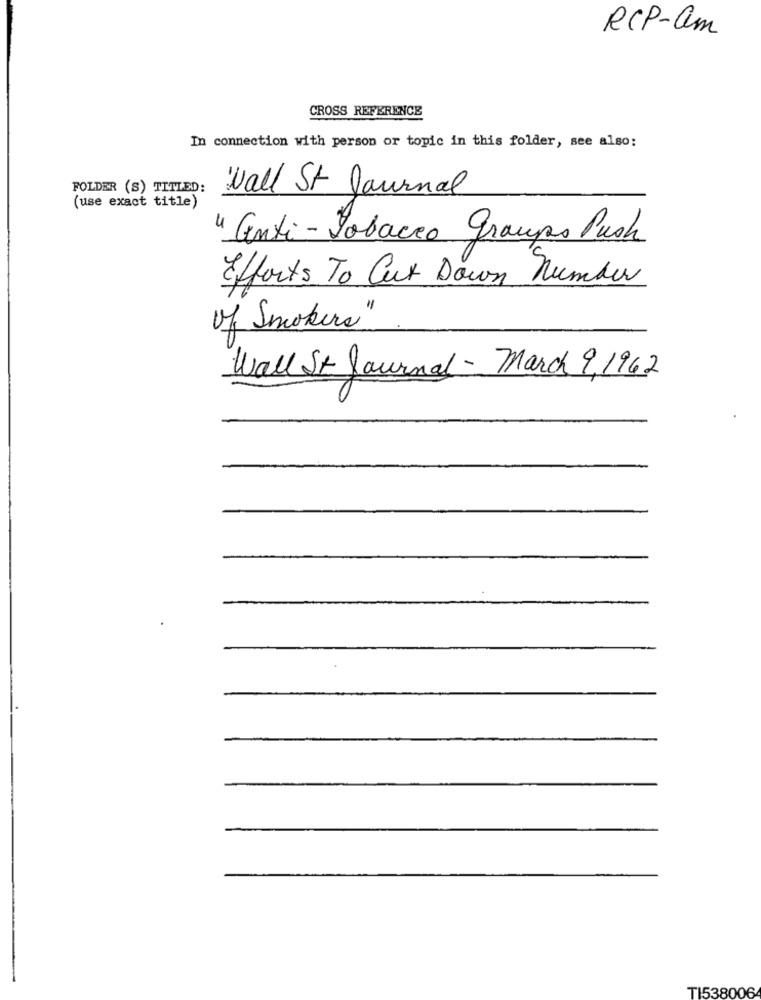
RCP-am
CROSS REFERENCE
In connection with person or topic in this folder, see also:
FOLDER (S) TITLED:
Wall St Journal
(use exact title)
" anti- Tobacco gramps Push
Efforts To Cut Down number
of Smokers"
Wall St Journal - March 9, 1962
TI538006